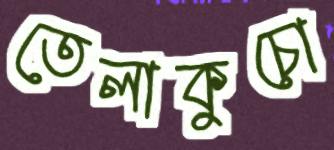
তেলাকুচো